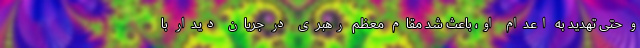
و حتی تهدید به اعدام او، باعث شد مقام معظم رهبری در جریان دیدار با